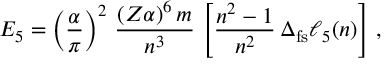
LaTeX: E _ { 5 } = \left( \frac { \alpha } { \pi } \right) ^ { 2 } \, \frac { ( Z \alpha ) ^ { 6 } \, m } { n ^ { 3 } } \, \left[ \frac { n ^ { 2 } - 1 } { n ^ { 2 } } \, \Delta _ { \mathrm { f s } } { { \ell } } _ { 5 } ( n ) \right] \, ,